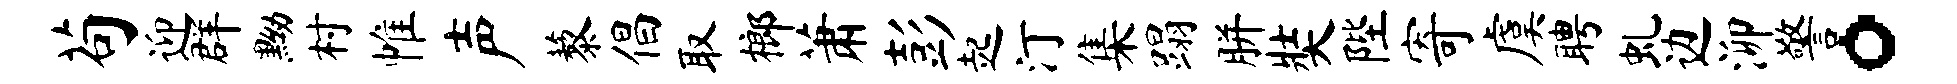
苟迎群黝村帷声藜倡取榔萧彭起汀集蹋胼奘陛寄虞聘虬边泖警。